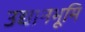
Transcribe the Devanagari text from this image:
उद्यानभूमि